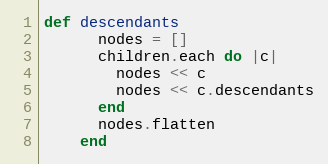
Language: Ruby
def descendants
      nodes = []
      children.each do |c|
        nodes << c
        nodes << c.descendants
      end
      nodes.flatten
    end